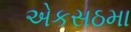
એકસઠમા